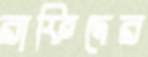
রাফিদের